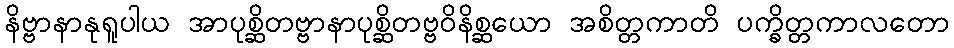
နိဗ္ဗာနာနုရူပါယ အာပုစ္ဆိတဗ္ဗာနာပုစ္ဆိတဗ္ဗဝိနိစ္ဆယော အစိတ္တကာတိ ပက္ခိတ္တကာလတော